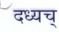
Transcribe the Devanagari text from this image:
दध्यच्